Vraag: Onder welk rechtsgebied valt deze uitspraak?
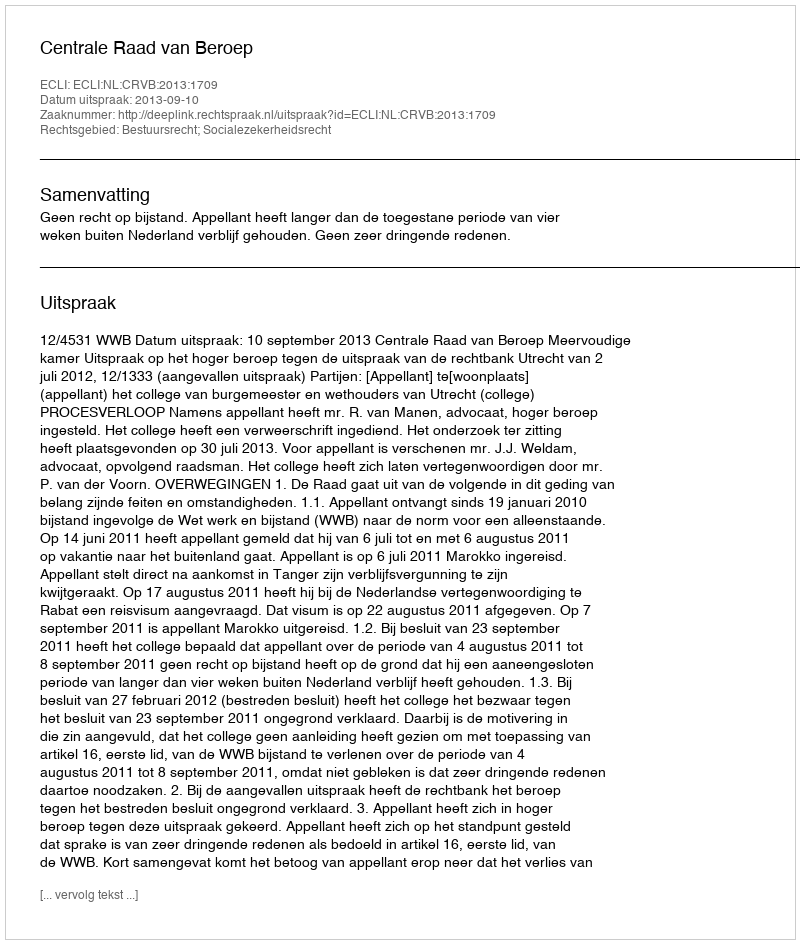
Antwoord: Bestuursrecht; Socialezekerheidsrecht